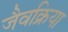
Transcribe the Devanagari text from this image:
जैवक्रिया